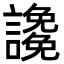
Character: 䜛